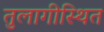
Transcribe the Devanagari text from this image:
तुलागीस्थित